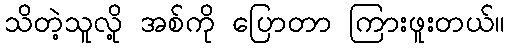
သိတဲ့သူလို့ အစ်ကို ပြောတာ ကြားဖူးတယ်။